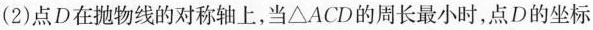
(2) 点D在抛物线的对称轴上，当△ACD的周长最小时，点D的坐标